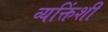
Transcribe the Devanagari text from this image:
व्यक्तिंशी